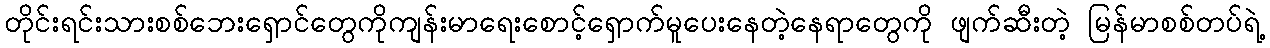
တိုင်းရင်းသားစစ်ဘေးရှောင်တွေကိုကျန်းမာရေးစောင့်ရှောက်မူပေးနေတဲ့နေရာတွေကို ဖျက်ဆီးတဲ့ မြန်မာစစ်တပ်ရဲ့